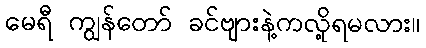
မေရီ ကျွန်တော် ခင်ဗျားနဲ့ကလို့ရမလား။